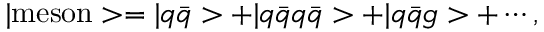
| \mathrm { m e s o n } > = | q \bar { q } > + | q \bar { q } q \bar { q } > + | q \bar { q } g > + \cdots ,